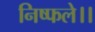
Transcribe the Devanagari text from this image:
निष्फले।।